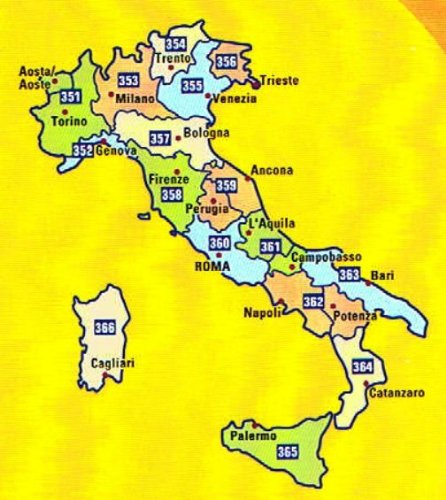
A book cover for MIchelin Local Road Map 359 : Umbria - Marche (Italy) scale 1/200,000; Michelin; Travel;